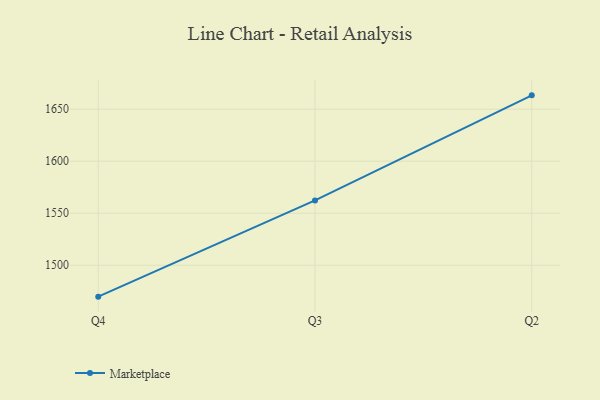
{"axis": {"x": "Quarter", "y": "Churn Rate (%)"}, "legend": ["Marketplace"], "data": [{"x": "Q4", "y": 1469.8, "type": "Marketplace"}, {"x": "Q3", "y": 1562.3, "type": "Marketplace"}, {"x": "Q2", "y": 1663.3, "type": "Marketplace"}]}